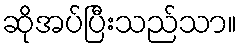
ဆိုအပ်ပြီးသည်သာ။